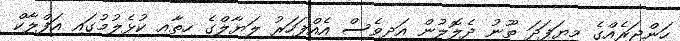
ހަންޖަރެއްގެ މިޔަފަދަ ތޫނު ދެލޮލުން އަދިވެސް އެއްފަހަރު ލަޔާލްގެ ހިތާއި ކުޅެލުމުގައި އަފްލާކް